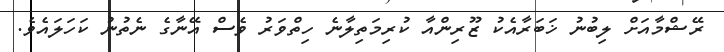
ރޭޝްމާއަށް ލިބުނު ޚަބަރާއެކު ޒޫރިންއާ ކުރިމަތިލާނެ ހިތްވަރު ވެސް އޭނާގެ ނެތުނު ކަހަލައެވެ.